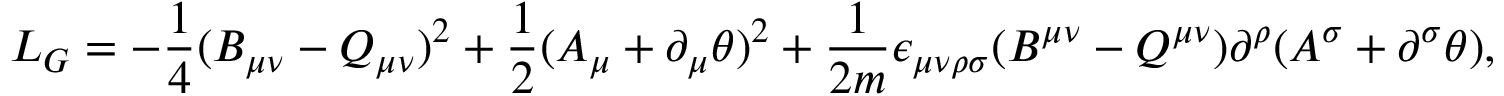
{ \cal L } _ { G } = - \frac { 1 } { 4 } ( B _ { \mu \nu } - Q _ { \mu \nu } ) ^ { 2 } + \frac { 1 } { 2 } ( A _ { \mu } + \partial _ { \mu } \theta ) ^ { 2 } + \frac { 1 } { 2 m } \epsilon _ { \mu \nu \rho \sigma } ( B ^ { \mu \nu } - Q ^ { \mu \nu } ) \partial ^ { \rho } ( A ^ { \sigma } + \partial ^ { \sigma } \theta ) ,